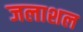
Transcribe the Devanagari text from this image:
जलाशल